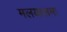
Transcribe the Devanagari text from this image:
मलयालमः